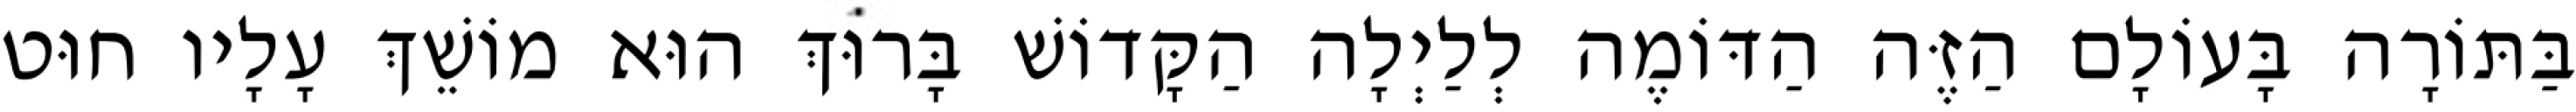
בַּתּוֹרָה בָּעוֹלָם הַזֶּה הַדּוֹמֶה לְלַיְלָה הַקָּדוֹשׁ בָּרוּךְ הוּא מוֹשֵׁךְ עָלָיו חוּט